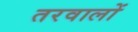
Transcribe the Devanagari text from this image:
तरवालों